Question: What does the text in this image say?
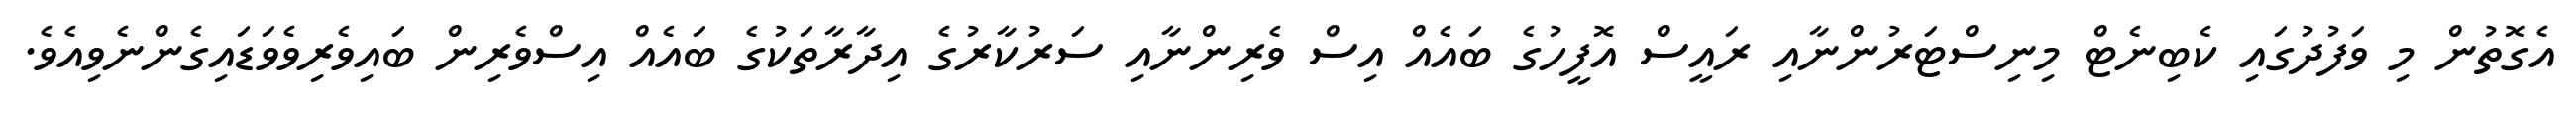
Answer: އެގޮތުން މި ވަފުދުގައި ކެބިނެޓް މިނިސްޓަރުންނާއި ރައީސް އޮފީހުގެ ބައެއް އިސް ވެރިންނާއި ސަރުކާރުގެ އިދާރާތަކުގެ ބައެއް އިސްވެރިން ބައިވެރިވެވަޑައިގެންނެވިއެވެ.